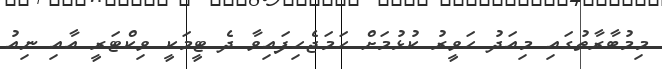
މިމުބާރާތުގައި މިއަދު ހަވީރު ކުޅުމަށް ހަމަޖެހިފައިވާ ދެ ޓީމަކީ ވިކްޓަރީ އާއި ނިއު